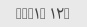
*NUM۱* ۱۲